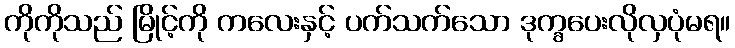
ကိုကိုသည် မြိုင့်ကို ကလေးနှင့် ပက်သက်သော ဒုက္ခပေးလိုလှပုံမရ။